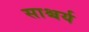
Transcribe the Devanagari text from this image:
साश्चर्य